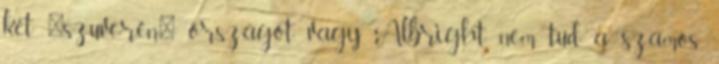
két "szuverén" országot, vagy Albright nem tud a számos